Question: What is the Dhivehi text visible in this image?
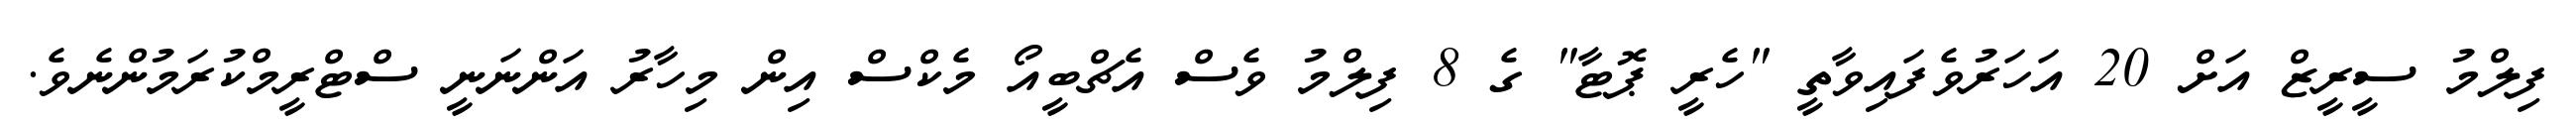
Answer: ފިލްމު ސީރީޒް އަށް 20 އަހަރުވެފައިވާތީ "ހެރީ ޕޮޓާ" ގެ 8 ފިލްމު ވެސް އެޗްބީއޯ މެކްސް އިން މިހާރު އަންނަނީ ސްޓްރީމްކުރަމުންނެވެ.